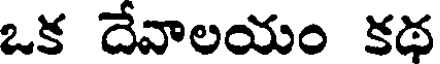
ఒక దేవాలయం కథ